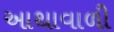
આથાવાળી